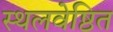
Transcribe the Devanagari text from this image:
स्थलवेष्ठित